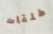
طلقات